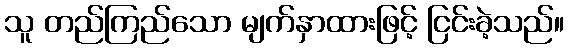
သူ တည်ကြည်သော မျက်နှာထားဖြင့် ငြင်းခဲ့သည်။